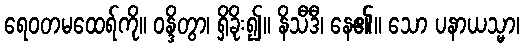
ရေဝတမထေရ်ကို။ ဝန္ဒိတွာ၊ ရှိခိုး၍။ နိသီဒီ၊ နေ၏။ သော ပနာယသ္မာ၊